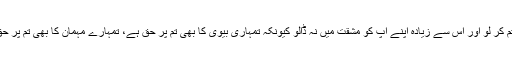
ارشاد فرمایا ’’ پھر سات دن میں قرآنِ پاک ختم کر لو اور اس سے زیادہ اپنے آپ کو مشقت میں نہ ڈالو کیونکہ تمہاری بیوی کا بھی تم پر حق ہے، تمہارے مہمان کا بھی تم پر حق ہے اور تمہارے جسم کا بھی تم پر حق ہے۔